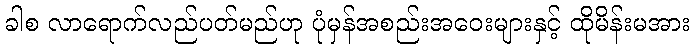
ခါစ လာရောက်လည်ပတ်မည်ဟု ပုံမှန်အစည်းအဝေးများနှင့် ထိုမိန်းမအား